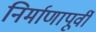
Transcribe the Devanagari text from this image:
निर्माणापूर्वी